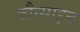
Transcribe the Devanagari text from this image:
कौन्साइन